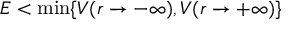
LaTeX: E < \min \{ V ( r \to - \infty ) , V ( r \to + \infty ) \}